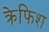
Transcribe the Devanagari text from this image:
क्रेफिश